Medical and sanitary report on the native army of Bombay for the year
Year: 1878
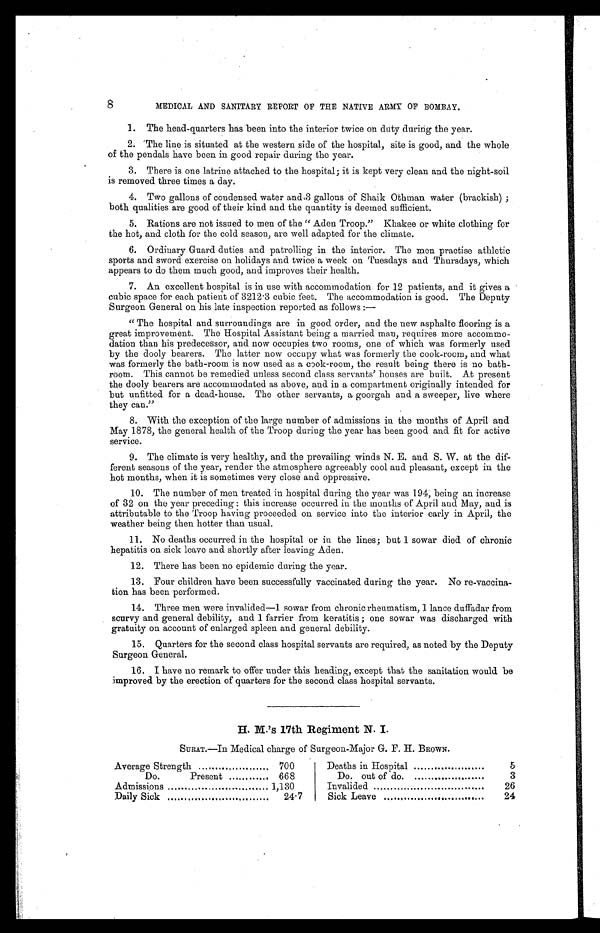
8
MEDICAL AND SANITARY REPORT OF THE NATIVE ARMY OF BOMBAY.
1. The head-quarters has been into the interior twice on duty during the year.
2. 'The line is situated at the western side of the hospital, site is good, and the whole
of the pendals have been in good repair during the year.
3. There is one latrine attached to the hospital; it is kept very clean and the night-soil
is removed three times a day.
• •
4. Two gallons of condensed water and3 gallons of Shaik Othman water (brackish) ;
both qualities are good of their kind and the quantity is deemed sufficient.
5. Rations are not issued to men of the “ Aden Troop.” Khakee or white clothing for
the hot, and cloth for the cold season, are well adapted for the climate.
6. Ordinary Guard duties and patrolling in the interior. The men practise athletic
sports and sword exercise on holidays and twice a week on Tuesdays and Thursdays, which
appears to do them much good, and improves their health.
7. An excellent hospital is in use with accommodation for 12 patients, and it gives a
cubic space for each patient of 3212.3 cubic feet. The accommodation is good. The Deputy
Surgeon General on his late inspection reported as follows :—
“ The hospital and surroundings are in good order, and the new asphalte flooring is a
great improvement. The Hospital Assistant being a married man, requires more accommo-
dation than his predecessor, and now occupies two rooms, one of which was formerly used
by the dooly bearers. The latter now occupy what was formerly the cook-room, and what
was formerly the bath-room is now used as a cook-room, the result being there is no bath-
room. This cannot be remedied unless second class servants’ houses are built. At present
the dooly bearers are accommodated as above, and in a compartment originally intended for
but unfitted for a dead-house. The other servants, a goorgah and a sweeper, live where
they can.”
8. With the exception of the large number of admissions in the months of April and
May 1878, the general health of the Troop during the year has been good and fit for active
service.
9. The climate is very healthy, and the prevailing winds N. E. and S. W. at the dif-
ferent seasons of the year, render the atmosphere agreeably cool and pleasant, except in the
hot months, when it is sometimes very close and oppressive.
10. The number of men treated in hospital during the year was 194, being an increase
of 32 on the year preceding : this increase occurred in the months of April and May, and is
attributable to the Troop having proceeded on service into the interior early in April, the
weather being then hotter than usual.
11. No deaths occurred in the hospital or in the lines; but 1 sowar died of chronic
hepatitis on sick leave and shortly after leaving Aden.
12. There has been no epidemic during the year.
13. Four children have been successfully vaccinated during the year. No re-vaccina-
tion has been performed.
14. Three men were invalided—1 sowar from chronic rheumatism, 1 lance duffadar from
scurvy and general debility, and 1 farrier from keratitis ; one sowar was discharged with
gratuity on account of enlarged spleen and general debility.
15. Quarters for the second class hospital servants are required, as noted by the Deputy
Surgeon General.
16. I have no remark to offer under this heading, except that the sanitation would be
improved by the erection of quarters for the second class hospital servants.
H. M.’s 17th Regiment N. I.
SURAT.—In Medical charge of Surgeon-Major G. F. H. BROWN.
Average Strength
700
Deaths in Hospital
5
Do.
Present
668
Do. out of do.
3
Admissions
1,130
Invalided
26
Daily Sick
24.7
Sick Leave
.
24